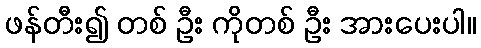
ဖန်တီး၍ တစ် ဦး ကိုတစ် ဦး အားပေးပါ။